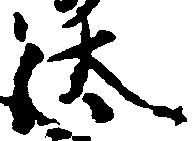
汰